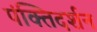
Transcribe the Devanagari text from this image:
पंक्तिदर्शन